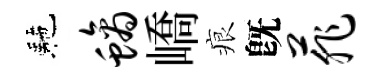
駰螭嶠痕旣菲